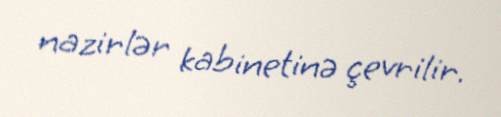
nazirlər kabinetinə çevrilir.